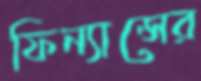
ফিন্যান্সের